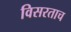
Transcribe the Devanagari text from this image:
विसरताच